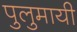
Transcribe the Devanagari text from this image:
पुलुमायी